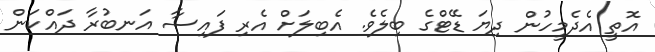
އޮތީ އެދެމީހުން ދިޔަ ޑޭޓްގެ ބިލެވެ. އެބިލަށް އެރި ފައިސާ އަނބުރާ ދައްކަން